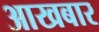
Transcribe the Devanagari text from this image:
आखबार